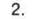
2.